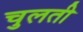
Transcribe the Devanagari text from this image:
चुलती